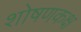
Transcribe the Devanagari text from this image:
शोषणकक्ष